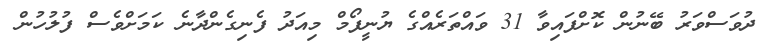
ދުވަސްވަރު ބޭނުން ކޮށްފައިވާ 31 ވައްތަރެއްގެ ޔުނީފޯމް މިއަދު ފެނިގެންދާނެ ކަމަށްވެސް ފުލުހުން